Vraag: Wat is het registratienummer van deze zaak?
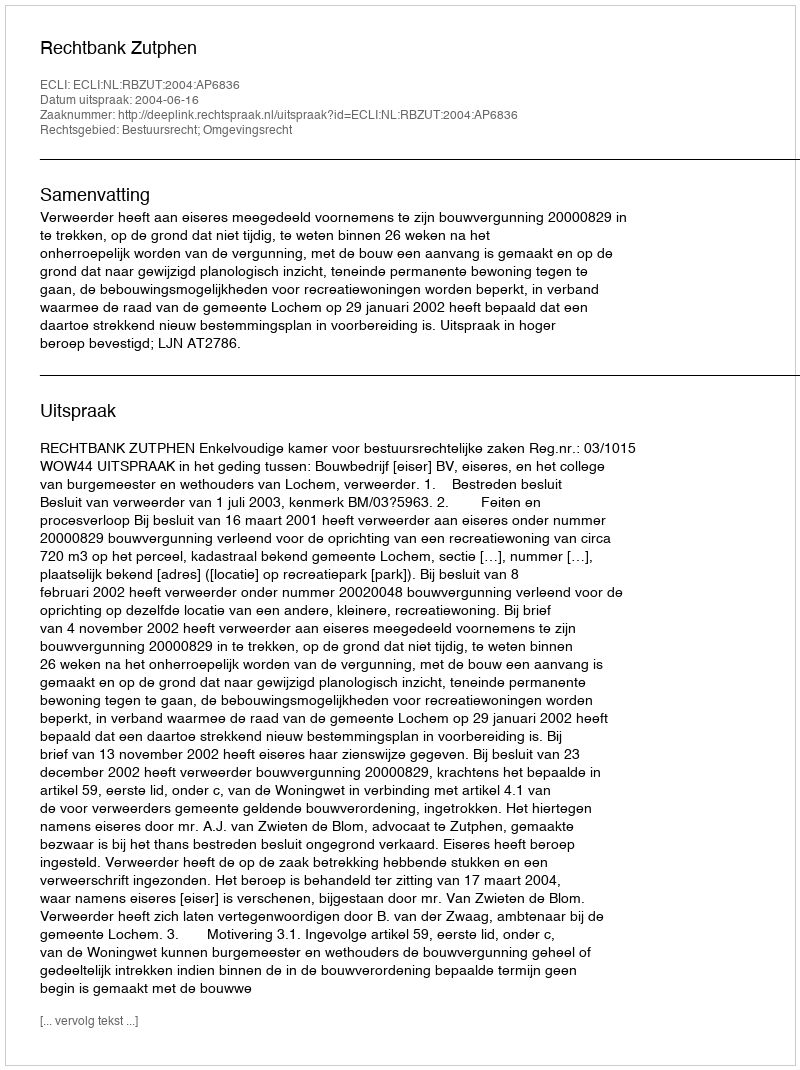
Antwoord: http://deeplink.rechtspraak.nl/uitspraak?id=ECLI:NL:RBZUT:2004:AP6836